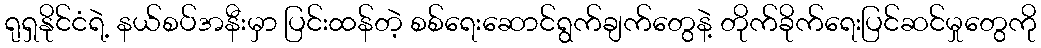
ရုရှနိုင်ငံရဲ့ နယ်စပ်အနီးမှာ ပြင်းထန်တဲ့ စစ်ရေးဆောင်ရွက်ချက်တွေနဲ့ တိုက်ခိုက်ရေးပြင်ဆင်မှုတွေကို